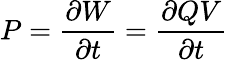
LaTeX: P={\frac{\partial W}{\partial t}}={\frac{\partial QV}{\partial t}}